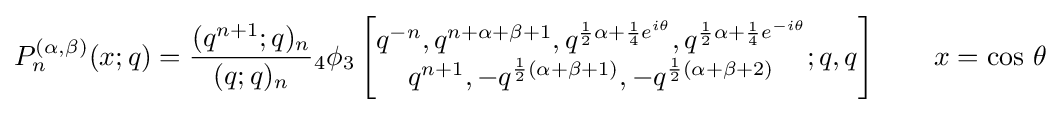
P_{n}^{(\alpha ,\beta )}(x;q)={\frac {(q^{n+1};q)_{n}}{(q;q)_{n}}}{}_{4}\phi _{3}\left[{\begin{matrix}q^{-n},q^{n+\alpha +\beta +1},q^{{\frac {1}{2}}\alpha +{\frac {1}{4}}e^{i\theta }},q^{{\frac {1}{2}}\alpha +{\frac {1}{4}}e^{-i\theta }}\\q^{n+1},-q^{{\frac {1}{2}}(\alpha +\beta +1)},-q^{{\frac {1}{2}}(\alpha +\beta +2)}\end{matrix}};q,q\right]\qquad x=\cos \,\theta